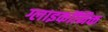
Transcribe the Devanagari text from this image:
ग्लाइकॉनिक